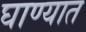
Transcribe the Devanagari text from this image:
घाण्यात